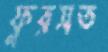
ফুরসত